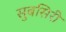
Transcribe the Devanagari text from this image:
सुबसिरी